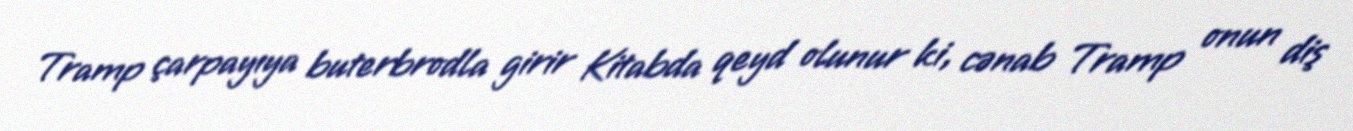
Tramp çarpayıya buterbrodla girir Kitabda qeyd olunur ki, cənab Tramp onun diş